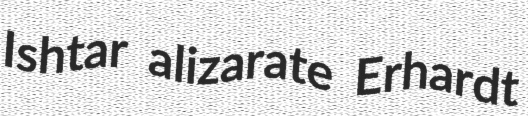
Ishtar alizarate Erhardt